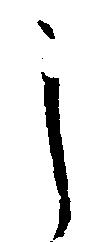
し